Indian journal of veterinary science and animal husbandry - Volume 6,
Year: 1936
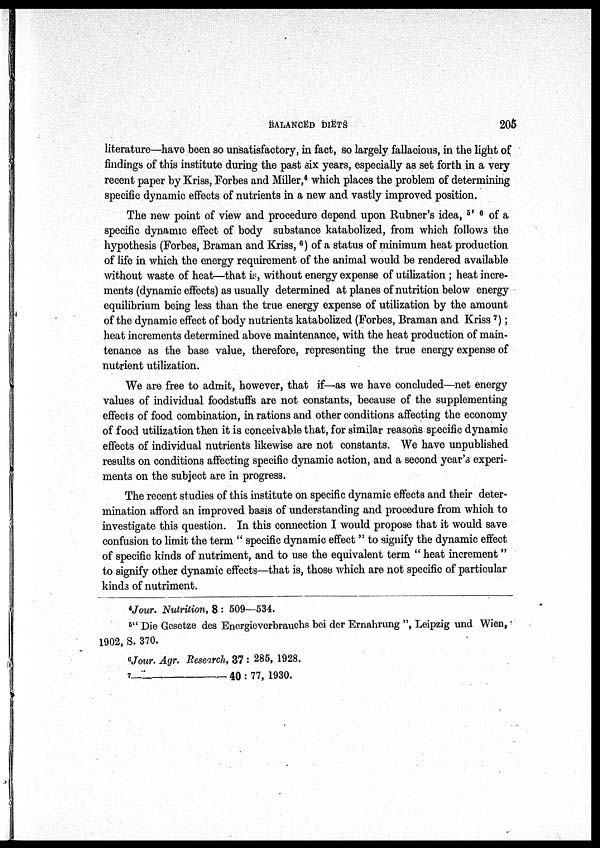
BALANCED DIETS
205
literature—have been so unsatisfactory, in fact, so largely fallacious, in the light of
findings of this institute during the past six years, especially as set forth in a very
recent paper by Kriss, Forbes and Miller, 4 which places the problem of determining
specific dynamic effects of nutrients in a new and vastly improved position.
The new point of view and procedure depend upon Rubner's idea, 5' 6 of a
specific dynamic effect of body substance katabolized, from which follows the
hypothesis (Forbes, Braman and Kriss, 6 ) of a status of minimum heat production
of life in which the energy requirement of the animal would be rendered available
without waste of heat—that is, without energy expense of utilization ; heat incre-
ments (dynamic effects) as usually determined at planes of nutrition below energy
equilibrium being less than the true energy expense of utilization by the amount
of the dynamic effect of body nutrients katabolized (Forbes, Braman and Kriss 7 );
heat increments determined above maintenance, with the heat production of main-
tenance as the base value, therefore, representing the true energy expense of
nutrient utilization.
We are free to admit, however, that if—as we have concluded—net energy
values of individual foodstuffs are not constants, because of the supplementing
effects of food combination, in rations and other conditions affecting the economy
of food utilization then it is conceivable that, for similar reasons specific dynamic
effects of individual nutrients likewise are not constants. We have unpublished
results on conditions affecting specific dynamic action, and a second year's experi-
ments on the subject are in progress.
The recent studies of this institute on specific dynamic effects and their deter-
mination afford an improved basis of understanding and procedure from which to
investigate this question. In this connection I would propose that it would save
confusion to limit the term " specific dynamic effect " to signify the dynamic effect
of specific kinds of nutriment, and to use the equivalent term " heat increment "
to signify other dynamic effects—that is, those which are not specific of particular
kinds of nutriment.
4
Jour. Nutrition, 8 : 509—534.
5 " Die Gesetze des Energieverbrauchs bei der Ernahrung ", Leipzig und Wien,
1902, S. 370.
6
Jour. Agr. Research, 37 : 285, 1928.
7
—
40 : 77, 1930.